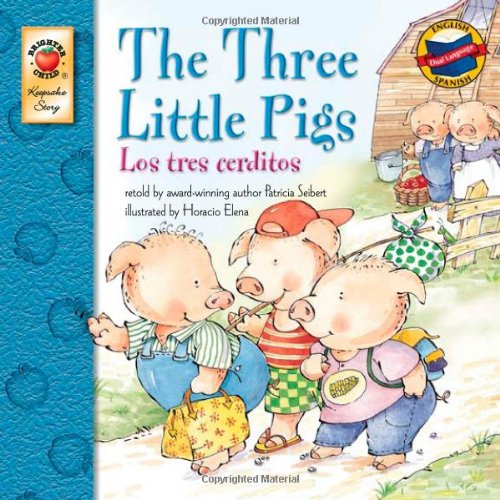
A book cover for The Three Little Pigs: Los tres cerditos (Keepsake Stories); Patricia Seibert; Children's Books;